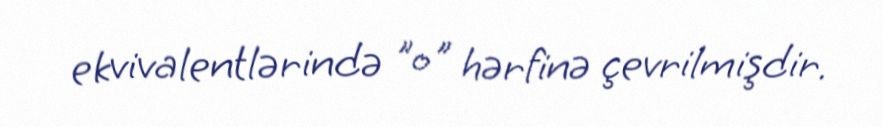
ekvivalentlərində "o" hərfinə çevrilmişdir.